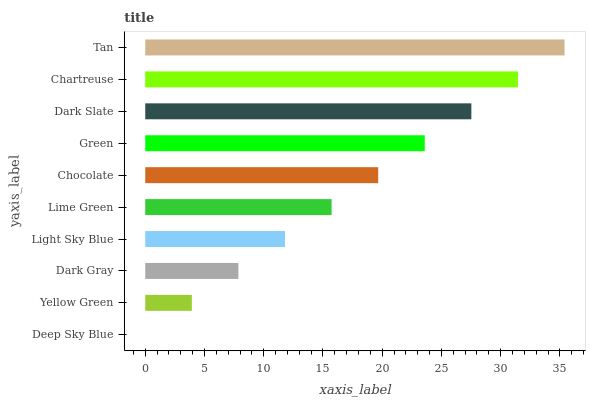
| yaxis_label | bars |
 | --- | --- |
 | Deep Sky Blue | 0 |
 | Yellow Green | 3.93 |
 | Dark Gray | 7.86 |
 | Light Sky Blue | 11.8 |
 | Lime Green | 15.7 |
 | Chocolate | 19.7 |
 | Green | 23.6 |
 | Dark Slate | 27.5 |
 | Chartreuse | 31.5 |
 | Tan | 35.4 |